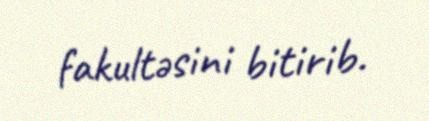
fakultəsini bitirib.